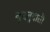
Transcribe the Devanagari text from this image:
बुदबुदाती